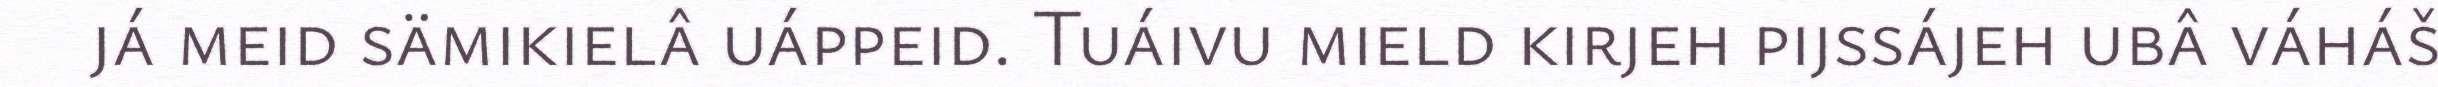
já meid sämikielâ uáppeid. Tuáivu mield kirjeh pijssájeh ubâ váháš